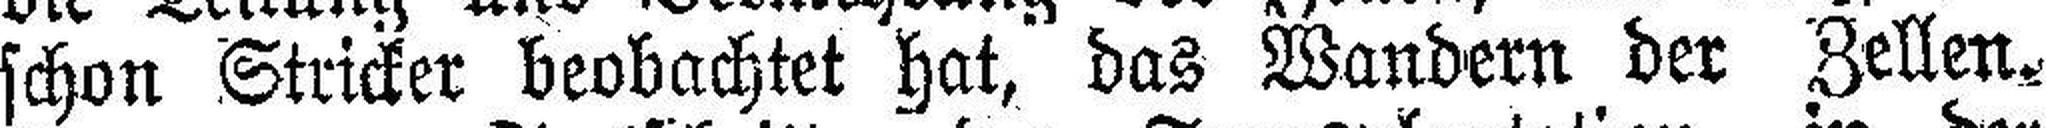
schon Stricker beobachtet hat, das Wandern der Zellen.